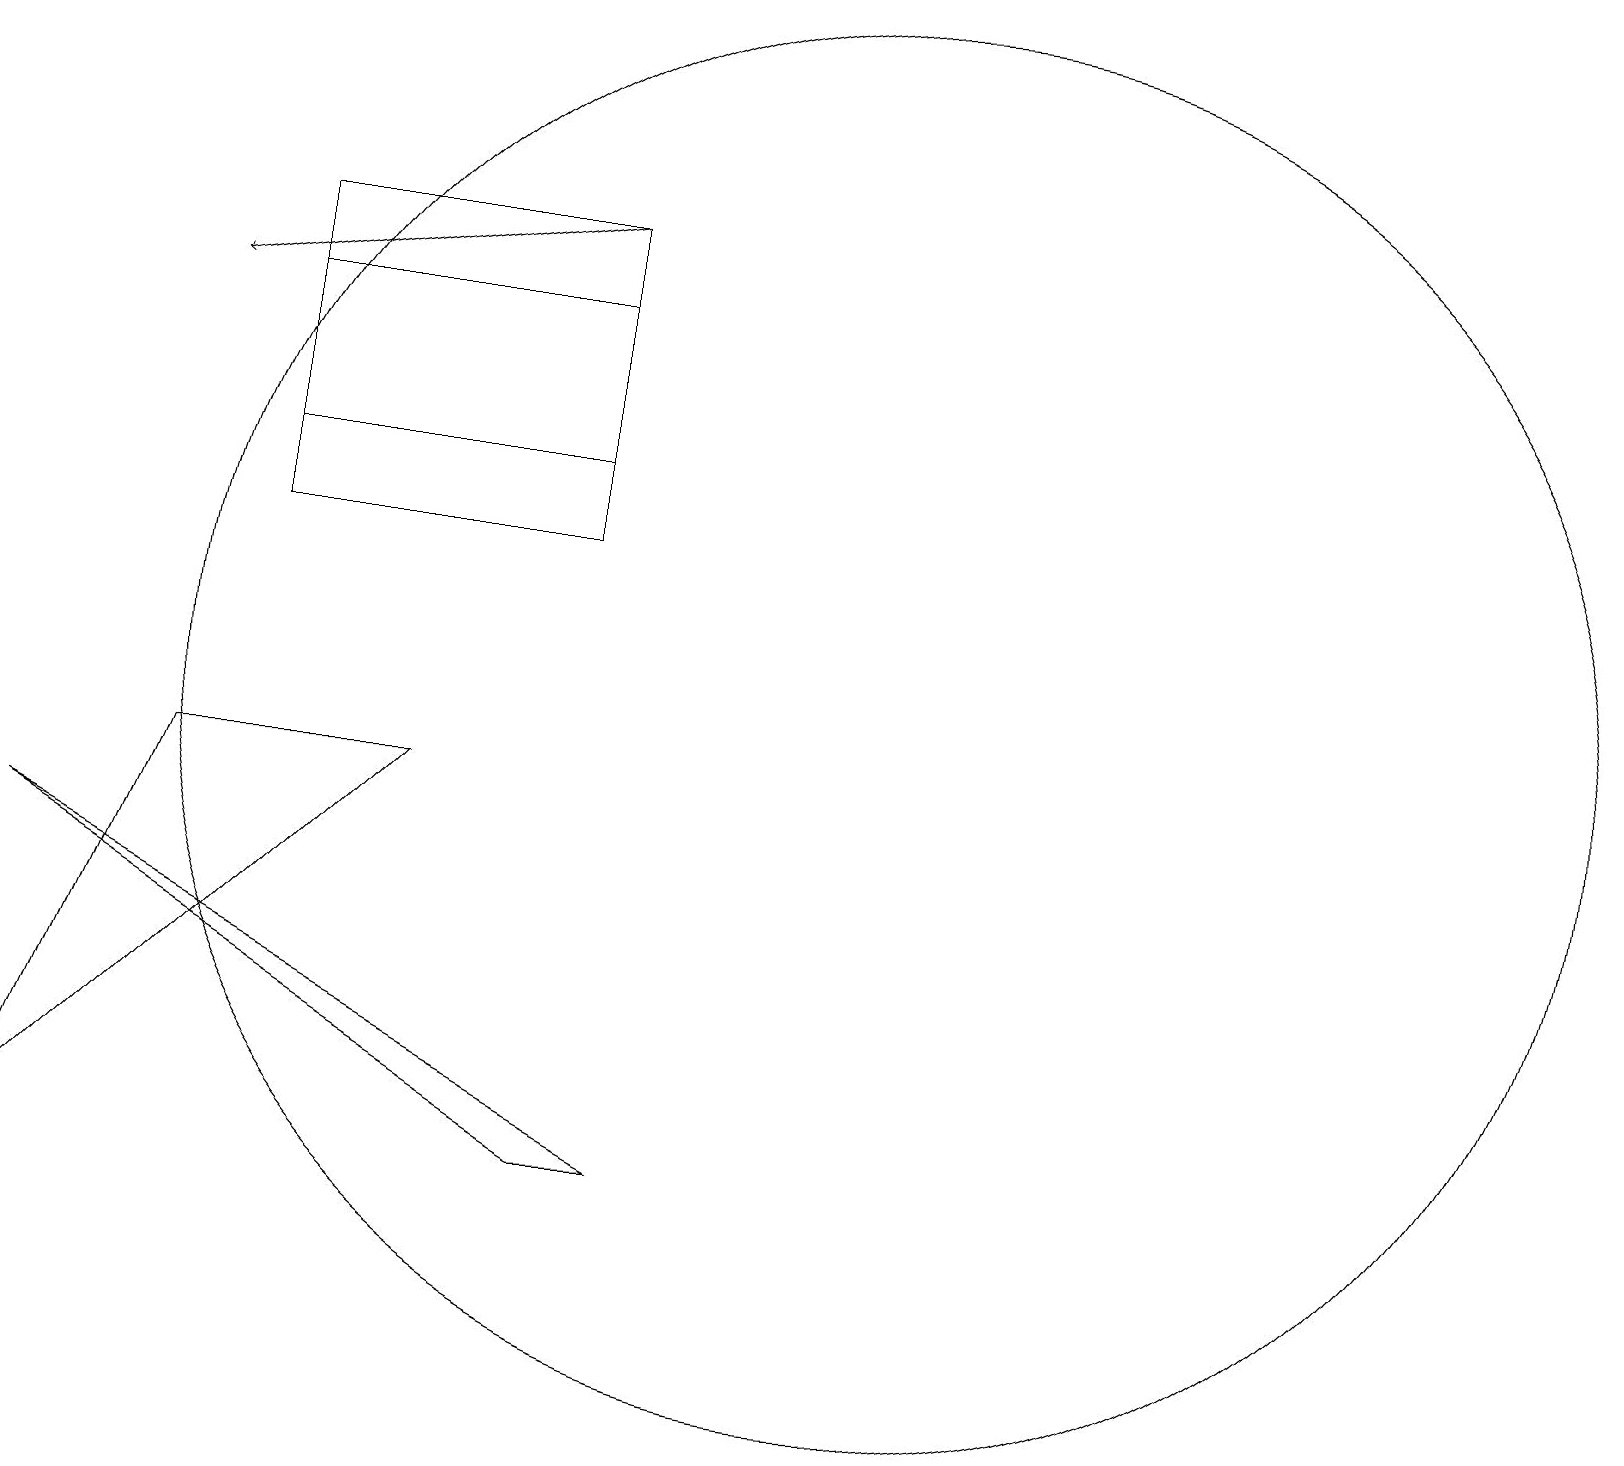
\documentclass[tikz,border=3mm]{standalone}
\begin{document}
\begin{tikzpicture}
\draw (4,16) rectangle (8,12);
\draw[->] (8,16) -- (3,15);
\draw (12,10) circle (9);
\draw (1,4) -- (3,9) -- (6,9) -- cycle;
\draw (8,13) rectangle (4,15);
\draw (9,4) -- (1,8) -- (8,4) -- cycle;
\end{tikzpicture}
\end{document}